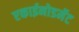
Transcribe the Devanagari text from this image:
एकाईनोडर्मेट